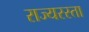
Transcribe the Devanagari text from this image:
राज्यरस्ता